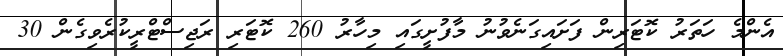
އެންމެ ހަތަރު ކޮޓަރިން ފަށައިގަނެވުނު މާފުށީގައި މިހާރު 260 ކޮޓަރި ރަޖިސްޓްރީކުރެވިގެން 30